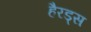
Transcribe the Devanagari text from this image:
हैरड्स